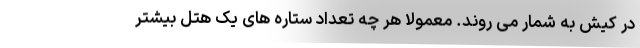
در کیش به شمار می روند. معمولا هر چه تعداد ستاره های یک هتل بیشتر